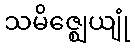
သမိဇ္ဈေယျုံ